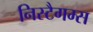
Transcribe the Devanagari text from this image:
निस्टैगम्स